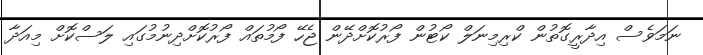
ނަމަވެސް އިދާރީގޮތުން ކްރިމިނަލް ކޯޓުން ފޯރުކޮށްދޭން ޖެހޭ ފޯމުތައް ފޯރުކޮށްދިނުމުގައި ލަސްކޮށް މިއަދާ